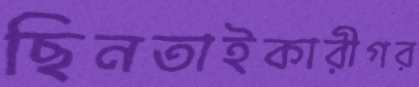
ছিনতাইকারীগর